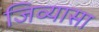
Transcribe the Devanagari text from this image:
जिव्यासा